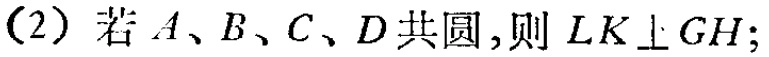
(2) 若 \(A、B、C、D\) 共圆，则 \(LK\perp GH\);